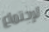
لإجتماع